Report of the Bombay Veterinary College
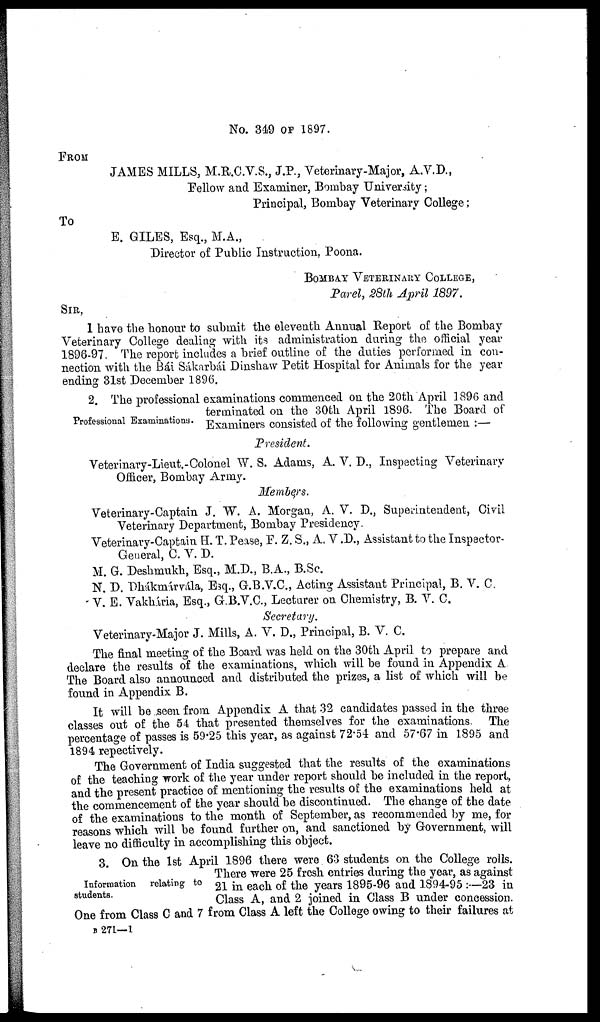
No. 349 OF 1897.
FROM
JAMES MILLS, M.R.C.V.S., J.P., Veterinary-Major, A.V.D.,
Fellow and Examiner, Bombay University;
Principal, Bombay Veterinary College;
To
E. GILES, Esq., M.A.,
Director of Public Instruction, Poona.
BOMBAY VETERINARY COLLEGE,
Parel, 28th April 1897.
SIR,
I have the honour to submit the eleventh Annual Report of the Bombay
Veterinary College dealing with its administration during the official year
1896-97. The report includes a brief outline of the duties performed in con-
nection with the Bái Sákarbái Dinshaw Petit Hospital for Animals for the year
ending 31st December 1896.
Professional Examinations.
2. The professional examinations commenced on the 20th April 1896 and
terminated on the 30th April 1896. The Board of
Examiners consisted of the following gentlemen :—
President.
Veterinary-Lieut.-Colonel W. S. Adams, A. V. D., Inspecting Veterinary
Officer, Bombay Army.
Members.
Veterinary-Captain J. W. A. Morgan, A. V. D., Superintendent, Civil
Veterinary Department, Bombay Presidency.
Veterinary-Captain H. T. Pease, F. Z. S., A. V .D., Assistant to the Inspector-
General, C. V. D.
M. G. Deshmukh, Esq., M.D., B.A., B.Sc.
N. D. Dhákmárvála, Esq., G.B.V.C., Acting Assistant Principal, B. V. C.
V. E. Vakhária, Esq., G.B.V.C., Lecturer on Chemistry, B. V. C.
Secretary.
Veterinary-Major J. Mills, A. V. D., Principal, B. V. C.
The final meeting of the Board was held on the 30th April to prepare and
declare the results of the examinations, which will be found in Appendix A
The Board also announced and distributed the prizes, a list of which will be
found in Appendix B.
It will be seen from Appendix A that 32 candidates passed in the three
classes out of the 54 that presented themselves for the examinations. The
percentage of passes is 59.25 this year, as against 72.54 and 57.67 in 1895 and
1894 repectively.
The Government of India suggested that the results of the examinations
of the teaching work of the year under report should be included in the report,
and the present practice of mentioning the results of the examinations held at
the commencement of the year should be discontinued. The change of the date
of the examinations to the month of September, as recommended by me, for
reasons which will be found further on, and sanctioned by Government, will
leave no difficulty in accomplishing this object.
Information relating to
students.
3. On the 1st April 1896 there were. 63 students on the College rolls.
There were 25 fresh entries during the year, as against
21 in each of the years 1895-96 and 1894-95 :—23 in
Class A, and 2 joined in Class B under concession.
One from Class C and 7 from Class A left the College owing to their failures at
B 271—1